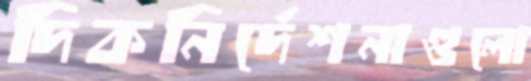
দিকনির্দেশনাগুলো